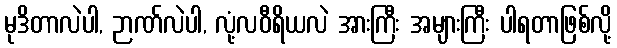
မုဒိတာလဲပါ, ဉာဏ်လဲပါ, လုံ့လဝီရိယလဲ အားကြီး အများကြီး ပါရတာဖြစ်လို့